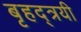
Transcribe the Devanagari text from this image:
बृहद्त्रयी